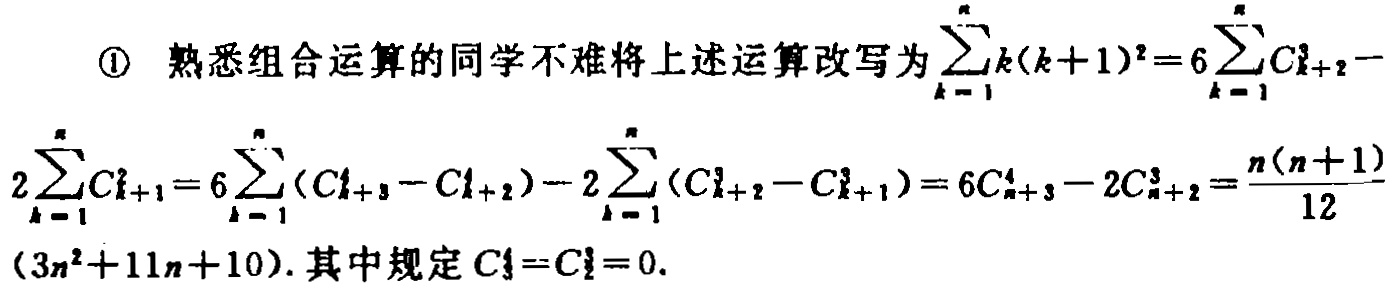
\textcircled{1} 熟悉组合运算的同学不难将上述运算改写为\(\sum_{k = 1}^{n}k(k + 1)^{2}=6\sum_{k = 1}^{n}C_{k + 2}^{3}-2\sum_{k = 1}^{n}C_{k + 1}^{2}=6\sum_{k = 1}^{n}(C_{k + 3}^{4}-C_{k + 2}^{4})-2\sum_{k = 1}^{n}(C_{k + 2}^{3}-C_{k + 1}^{3})=6C_{n + 3}^{4}-2C_{n + 2}^{3}=\frac{n(n + 1)}{12}(3n^{2}+11n + 10)\). 其中规定\(C_{1}^{3}=C_{1}^{2}=0\).